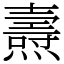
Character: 燾